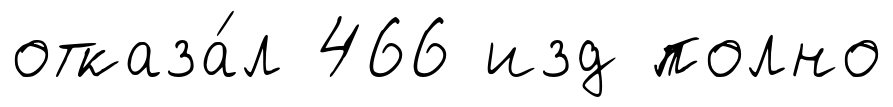
отказа́л 466 изд полно